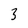
Character: 3